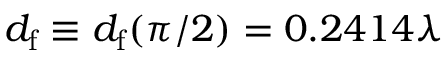
d _ { \mathrm { f } } \equiv d _ { \mathrm { f } } ( \pi / 2 ) = 0 . 2 4 1 4 \lambda